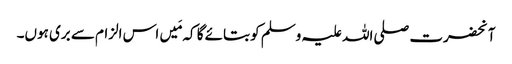
آنحضرت صلی اللہ علیہ وسلم کو بتائے گا کہ مَیں اس الزام سے بری ہوں۔